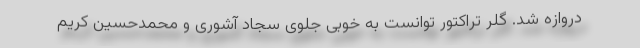
دروازه شد. گلر تراکتور توانست به خوبی جلوی سجاد آشوری و محمدحسین کریم